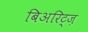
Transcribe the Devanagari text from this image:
बिअरिट्ज़